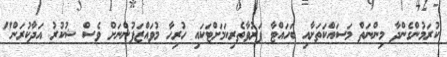
ކުރަމުންގެންދާ މިންނަތް މަސައްކަތަށާއި ބަހައްޓާ ފަރުވާތެރިކަމަށްޓަކައި ހުރިހާ މުވައްޒަފުންނަށް ވެސް ޝުކުރު އަދާކުރަން"